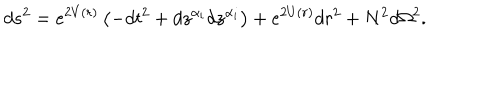
d s ^ { 2 } = e ^ { 2 V ( r ) } \left( - d t ^ { 2 } + d z ^ { \alpha _ { i } } d z ^ { \alpha _ { i } } \right) + e ^ { 2 U ( r ) } d r ^ { 2 } + N ^ { 2 } d \Omega ^ { 2 } .